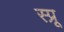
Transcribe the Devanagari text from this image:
स्प्रू